Vaccination in Bombay 1863-1868 - 1863-1868
Year: 1863
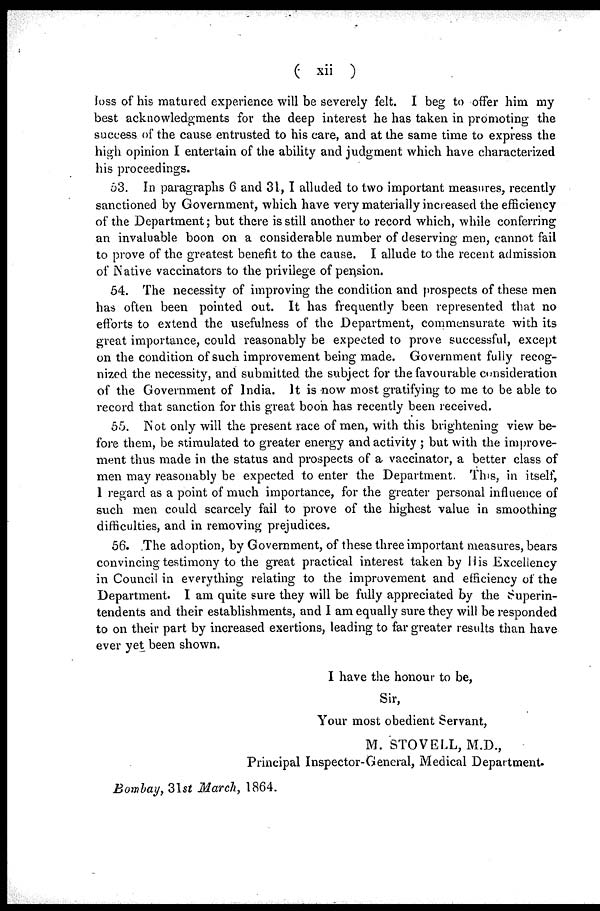
( xii )
loss of his matured experience will be severely felt. I beg to offer him my
best acknowledgments for the deep interest he has taken in promoting the
success of the cause entrusted to his care, and at the same time to express the
high opinion I entertain of the ability and judgment which have characterized
his proceedings.
53. In paragraphs 6 and 31,I alluded to two important measures, recently
sanctioned by Government, which have very materially increased the efficiency
of the Department; but there is still another to record which, while conferring
an invaluable boon on a considerable number of deserving men, cannot fail
to prove of the greatest benefit to the cause. I allude to the recent admission
of Native vaccinators to the privilege of pension.
54. The necessity of improving the condition and prospects of these men
has often been pointed out. It has frequently been represented that no
efforts to extend the usefulness of the Department, commensurate with its
great importance, could reasonably be expected to prove successful, except
on the condition of such improvement being made. Government fully recog-
nized the necessity, and submitted the subject for the favourable consideration
of the Government of India. It is now most gratifying to me to be able to
record that sanction for this great booh has recently been received.
55. Not only will the present race of men, with this brightening view be-
fore them, be stimulated to greater energy and activity ; but with the improve-
ment thus made in the status and prospects of a vaccinator, a better class of
men may reasonably be expected to enter the Department. This, in itself,
I regard as a point of much importance, for the greater personal influence of
such men could scarcely fail to prove of the highest value in smoothing
difficulties, and in removing prejudices.
56. The adoption, by Government, of these three important measures, bears
convincing testimony to the great practical interest taken by His Excellency
in Council in everything relating to the improvement and efficiency of the
Department. I am quite sure they will be fully appreciated by the Superin-
tendents and their establishments, and I am equally sure they will be responded
to on their part by increased exertions, leading to far greater results than have
ever yet been shown.
I have the honour to be,
Sir,
Your most obedient Servant,
M. STOVELL, M.D.,
Principal Inspector-General, Medical Department.
Bombay, 31st March, 1864.